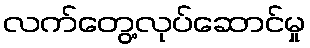
လက်တွေ့လုပ်ဆောင်မှု